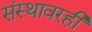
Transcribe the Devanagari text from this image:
संस्थावरही